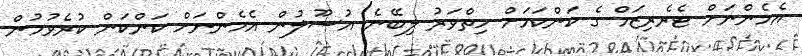
އެމެންނަށް ޓެރެރިޒަމް ގެ ކަންކަމަށް ހިތްވަރު ލިބޭނެ އުސޫލުން އެމެންނަށް ކަންކަން ކުރެވުމުން